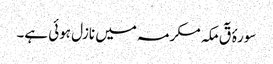
سورۂ قٓ مکہ مکرمہ میں نازل ہوئی ہے۔